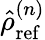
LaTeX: \hat{\rho}_{\mathrm{ref}}^{(n)}